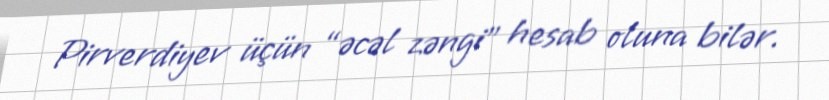
Pirverdiyev üçün “əcəl zəngi” hesab oluna bilər.